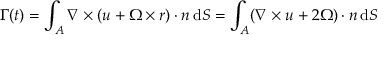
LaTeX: \Gamma ( t ) = \int _ { A } { \boldsymbol { \nabla } } \times ( { \boldsymbol { u } } + { \boldsymbol { \Omega } } \times { \boldsymbol { r } } ) \cdot { \boldsymbol { n } } \, \mathrm { d } S = \int _ { A } ( { \boldsymbol { \nabla } } \times { \boldsymbol { u } } + 2 { \boldsymbol { \Omega } } ) \cdot { \boldsymbol { n } } \, \mathrm { d } S